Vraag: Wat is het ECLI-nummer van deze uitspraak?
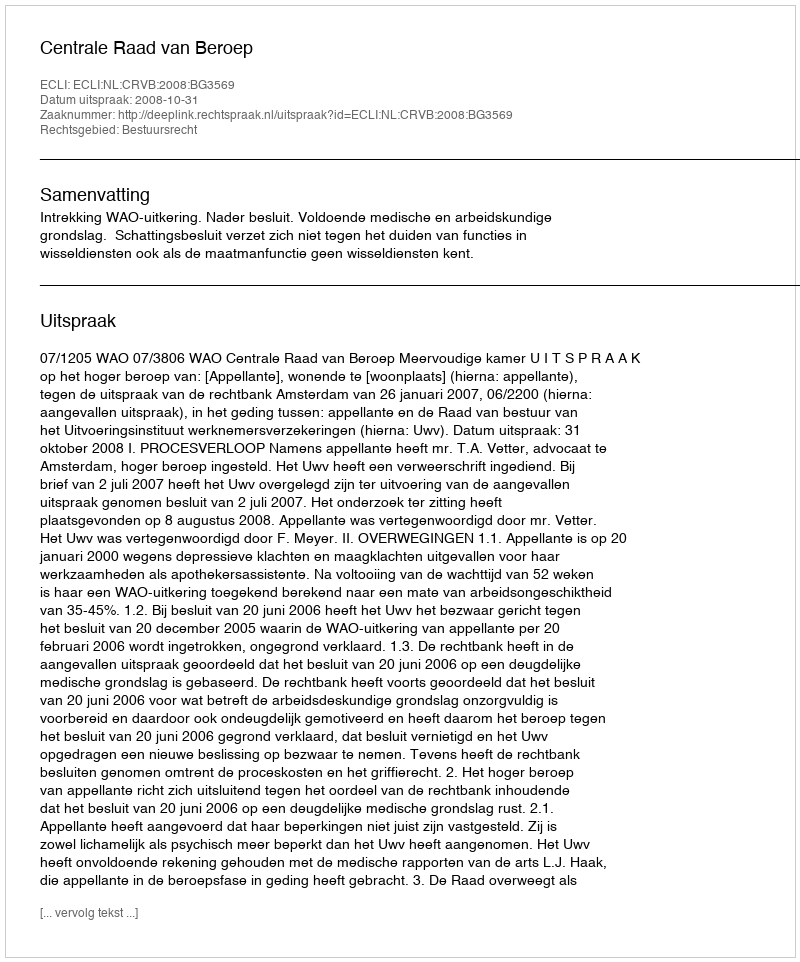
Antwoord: ECLI:NL:CRVB:2008:BG3569